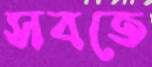
সবতে